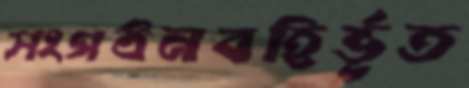
সংগঠনবহির্ভূত